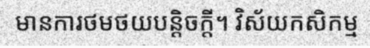
មានការថមថយបន្តិចក្តី។ វិស័យកសិកម្ម